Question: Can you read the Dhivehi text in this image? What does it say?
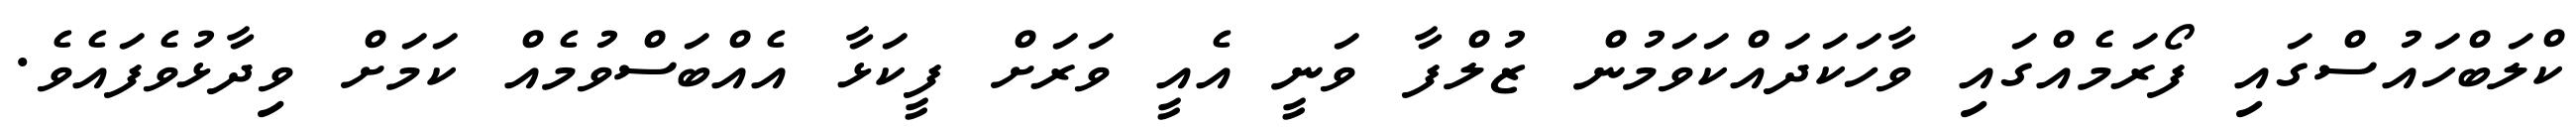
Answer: ކްލަބްހައުސްގައި ފޯރަމެއްގައި ވާހަކަދައްކަވަމުން ޒުލްފާ ވަނީ އެއީ ވަރަށް ފީކަޅާ އެއްބަސްވުމެއް ކަމަށް ވިދާޅުވެފައެވެ.